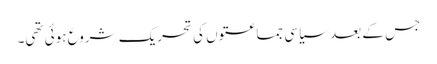
جس کے بعد سیاسی جماعتوں کی تحریک شروع ہوئی تھی۔